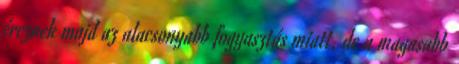
éreznek majd az alacsonyabb fogyasztás miatt, de a magasabb